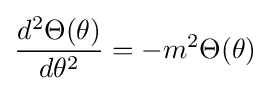
{\frac {d^{2}\Theta (\theta )}{d\theta ^{2}}}=-m^{2}\Theta (\theta )